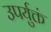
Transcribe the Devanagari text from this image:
उपर्युक्तं